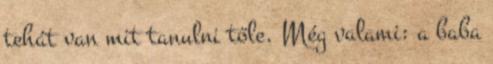
tehát van mit tanulni tőle. Még valami: a baba